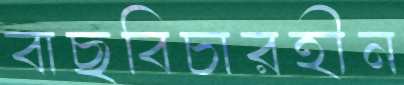
বাছবিচারহীন